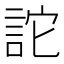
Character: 詑